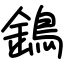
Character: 鵭